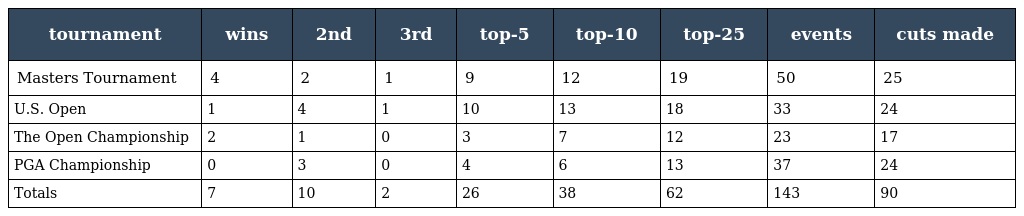
| tournament | wins | 2nd | 3rd | top-5 | top-10 | top-25 | events | cuts made |
 | --- | --- | --- | --- | --- | --- | --- | --- | --- |
 | Masters Tournament | 4 | 2 | 1 | 9 | 12 | 19 | 50 | 25 |
 | U.S. Open | 1 | 4 | 1 | 10 | 13 | 18 | 33 | 24 |
 | The Open Championship | 2 | 1 | 0 | 3 | 7 | 12 | 23 | 17 |
 | PGA Championship | 0 | 3 | 0 | 4 | 6 | 13 | 37 | 24 |
 | Totals | 7 | 10 | 2 | 26 | 38 | 62 | 143 | 90 |